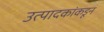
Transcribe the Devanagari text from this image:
उत्पादकांकडून